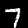
Digit: 7